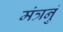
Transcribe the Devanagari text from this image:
मंत्रनुं